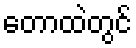
တောထဲတွင်